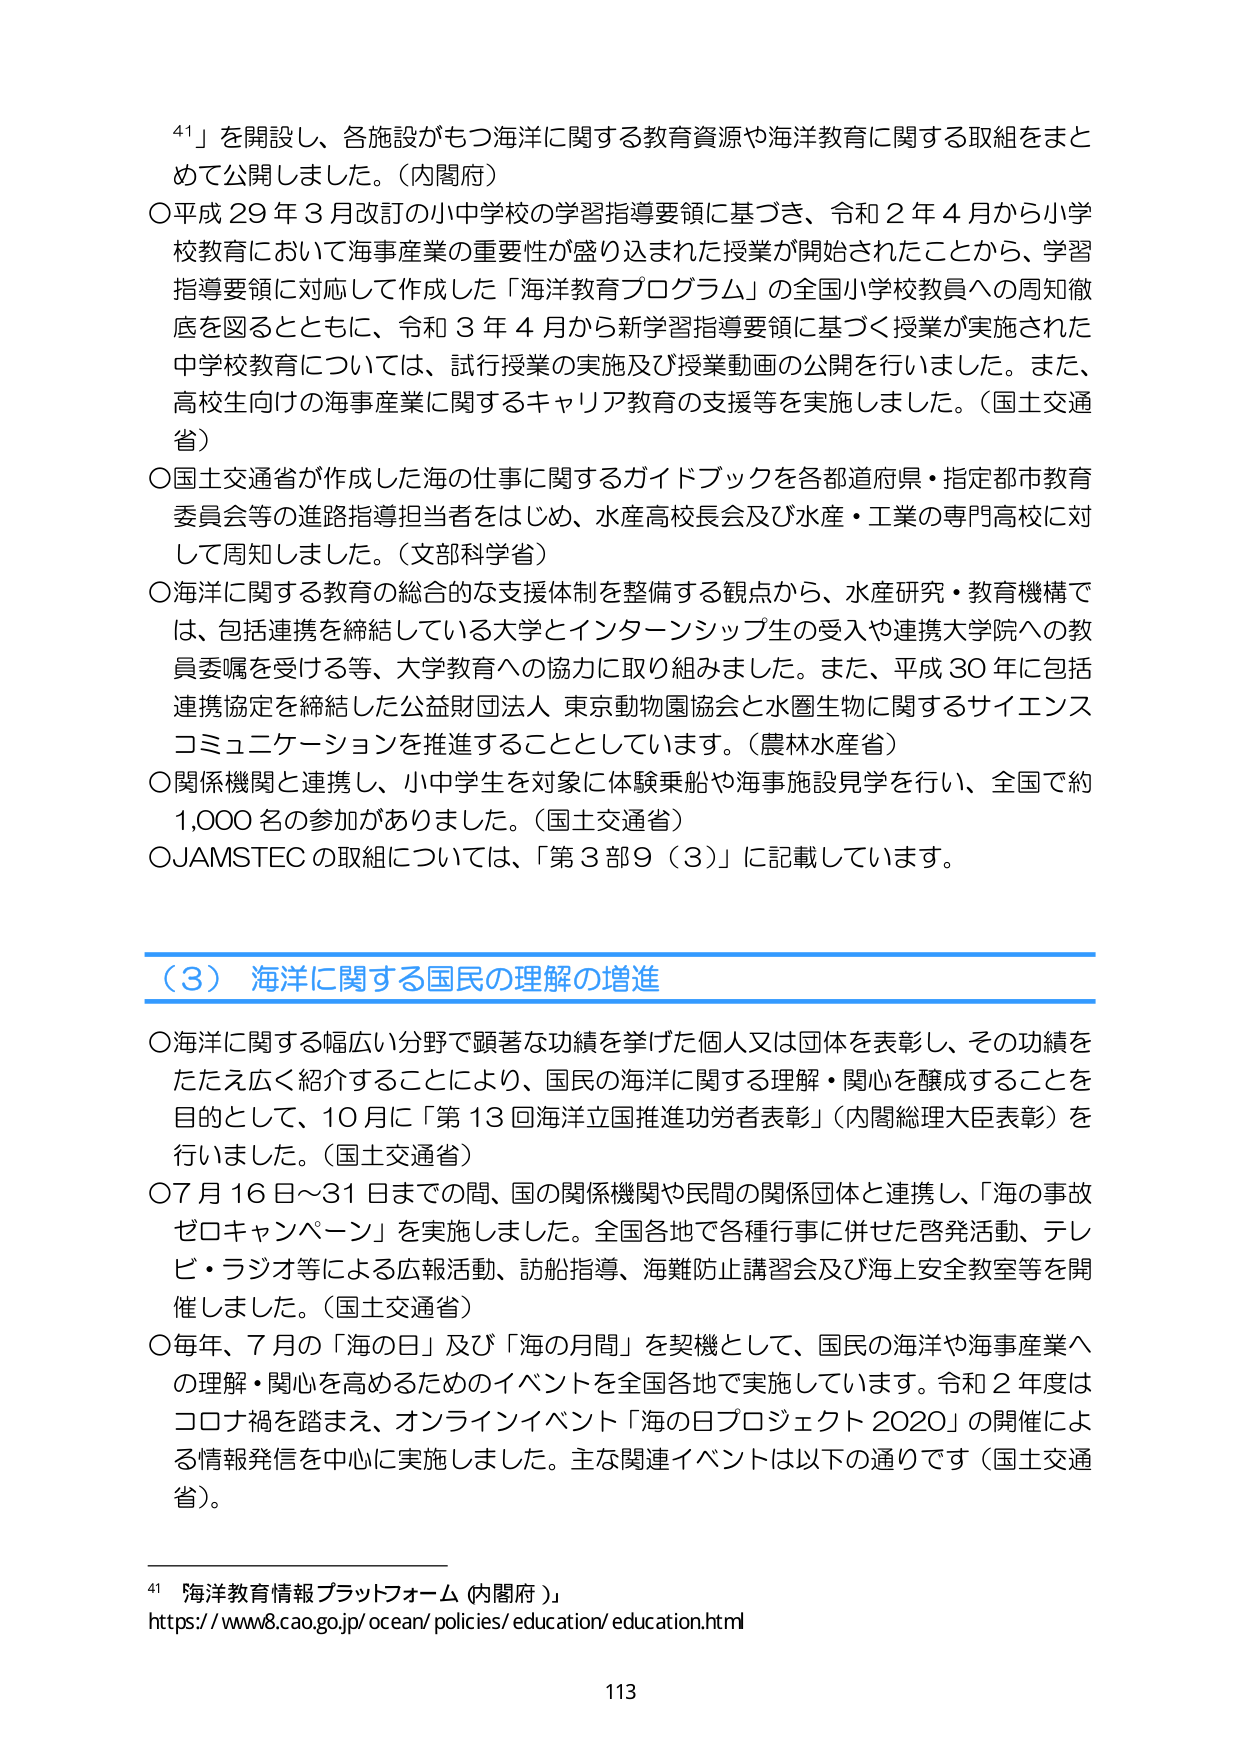
41」を開設し、各施設がもつ海洋に関する教育資源や海洋教育に関する取組をまとめて公開しました。（内閣府）
○平成29年3月改訂の小中学校の学習指導要領に基づき、令和2年4月から小学校教育において海事産業の重要性が盛り込まれた授業が開始されたことから、学習指導要領に対応して作成した「海洋教育プログラム」の全国小学校教員への周知徹底を図るとともに、令和3年4月から新学習指導要領に基づく授業が実施された中学校教育については、試行授業の実施及び授業動画の公開を行いました。また、高校生向けの海事産業に関するキャリア教育の支援等を実施しました。（国土交通省）
○国土交通省が作成した海の仕事に関するガイドブックを各都道府県・指定都市教育委員会等の進路指導担当者をはじめ、水産高校長会及び水産・工業の専門高校に対して周知しました。（文部科学省）
○海洋に関する教育の総合的な支援体制を整備する観点から、水産研究・教育機構では、包括連携を締結している大学とインターンシップ生の受入や連携大学院への教員委嘱を受ける等、大学教育への協力に取り組みました。また、平成30年に包括連携協定を締結した公益財団法人 東京動物園協会と水圏生物に関するサイエンスコミュニケーションを推進することとしています。（農林水産省）
○関係機関と連携し、小中学生を対象に体験乗船や海事施設見学を行い、全国で約1,000名の参加がありました。（国土交通省）
○JAMSTECの取組については、「第3部9（3）」に記載しています。

（3）海洋に関する国民の理解の増進
○海洋に関する幅広い分野で顕著な功績を挙げた個人又は団体を表彰し、その功績をたたえ広く紹介することにより、国民の海洋に関する理解・関心を醸成することを目的として、10月に「第13回海洋立国推進功労者表彰」（内閣総理大臣表彰）を行いました。（国土交通省）
○7月16日～31日までの間、国の関係機関や民間の関係団体と連携し、「海の事故ゼロキャンペーン」を実施しました。全国各地で各種行事に併せた啓発活動、テレビ・ラジオ等による広報活動、訪船指導、海難防止講習会及び海上安全教室等を開催しました。（国土交通省）
○毎年、7月の「海の日」及び「海の月間」を契機として、国民の海洋や海事産業への理解・関心を高めるためのイベントを全国各地で実施しています。令和2年度はコロナ禍を踏まえ、オンラインイベント「海の日プロジェクト2020」の開催による情報発信を中心に実施しました。主な関連イベントは以下の通りです（国土交通省）。

41 海洋教育情報プラットフォーム（内閣府）」
https://www8.cao.go.jp/ocean/policies/education/education.html
113